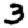
Digit: 3